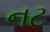
નટ